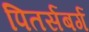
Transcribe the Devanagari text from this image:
पितर्सबर्ग